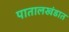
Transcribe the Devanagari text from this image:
पातालखंडात